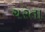
ચરતા